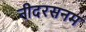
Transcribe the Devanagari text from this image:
नीदरसनम